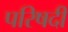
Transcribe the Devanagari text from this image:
परिषदी